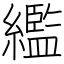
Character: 繿